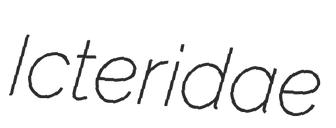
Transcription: Icteridae